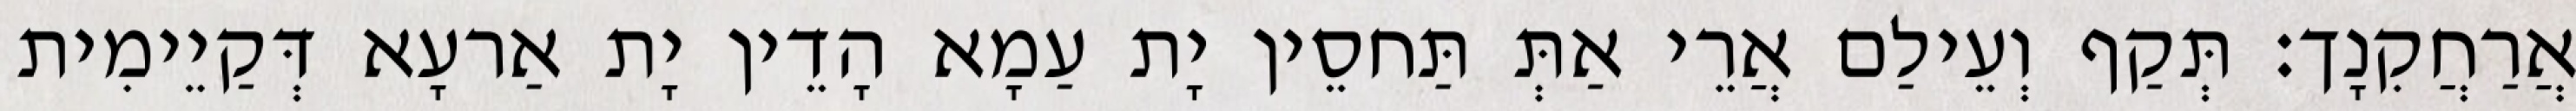
אֲרַחֲקִנָך׃ תְּקַף וְעֵילַם אֲרֵי אַתְּ תַּחסֵין יָת עַמָא הָדֵין יָת אַרעָא דְּקַיֵימִית